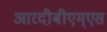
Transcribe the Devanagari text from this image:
आरदीबीएम्एस